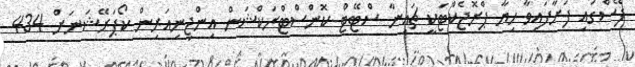
ފޭސްގައި ފަށާފައިވާ ހިޔާ ޕްރޮޖެކްޓަކީ ޗައިނާ ސްޓޭޓް ކޮންސްޓްރަކްޝަން އިންޖިނިއަރިން ކޯޕަރޭޝަނަށް 434